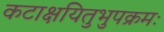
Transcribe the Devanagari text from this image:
कटाक्षयितुभुपक्रमः